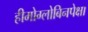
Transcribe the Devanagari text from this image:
हीमोग्लोबिनपेक्षा